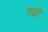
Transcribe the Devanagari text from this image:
गन्त्री